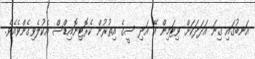
އަނބުގައި ގިނަ އަދަދަކަށް ވިޓަމިން އޭ އަދި ސީގެ އިތުރުން ކެރޮޓިނޮއިޑްސް އެކުލެވިގެންވެއެވެ.